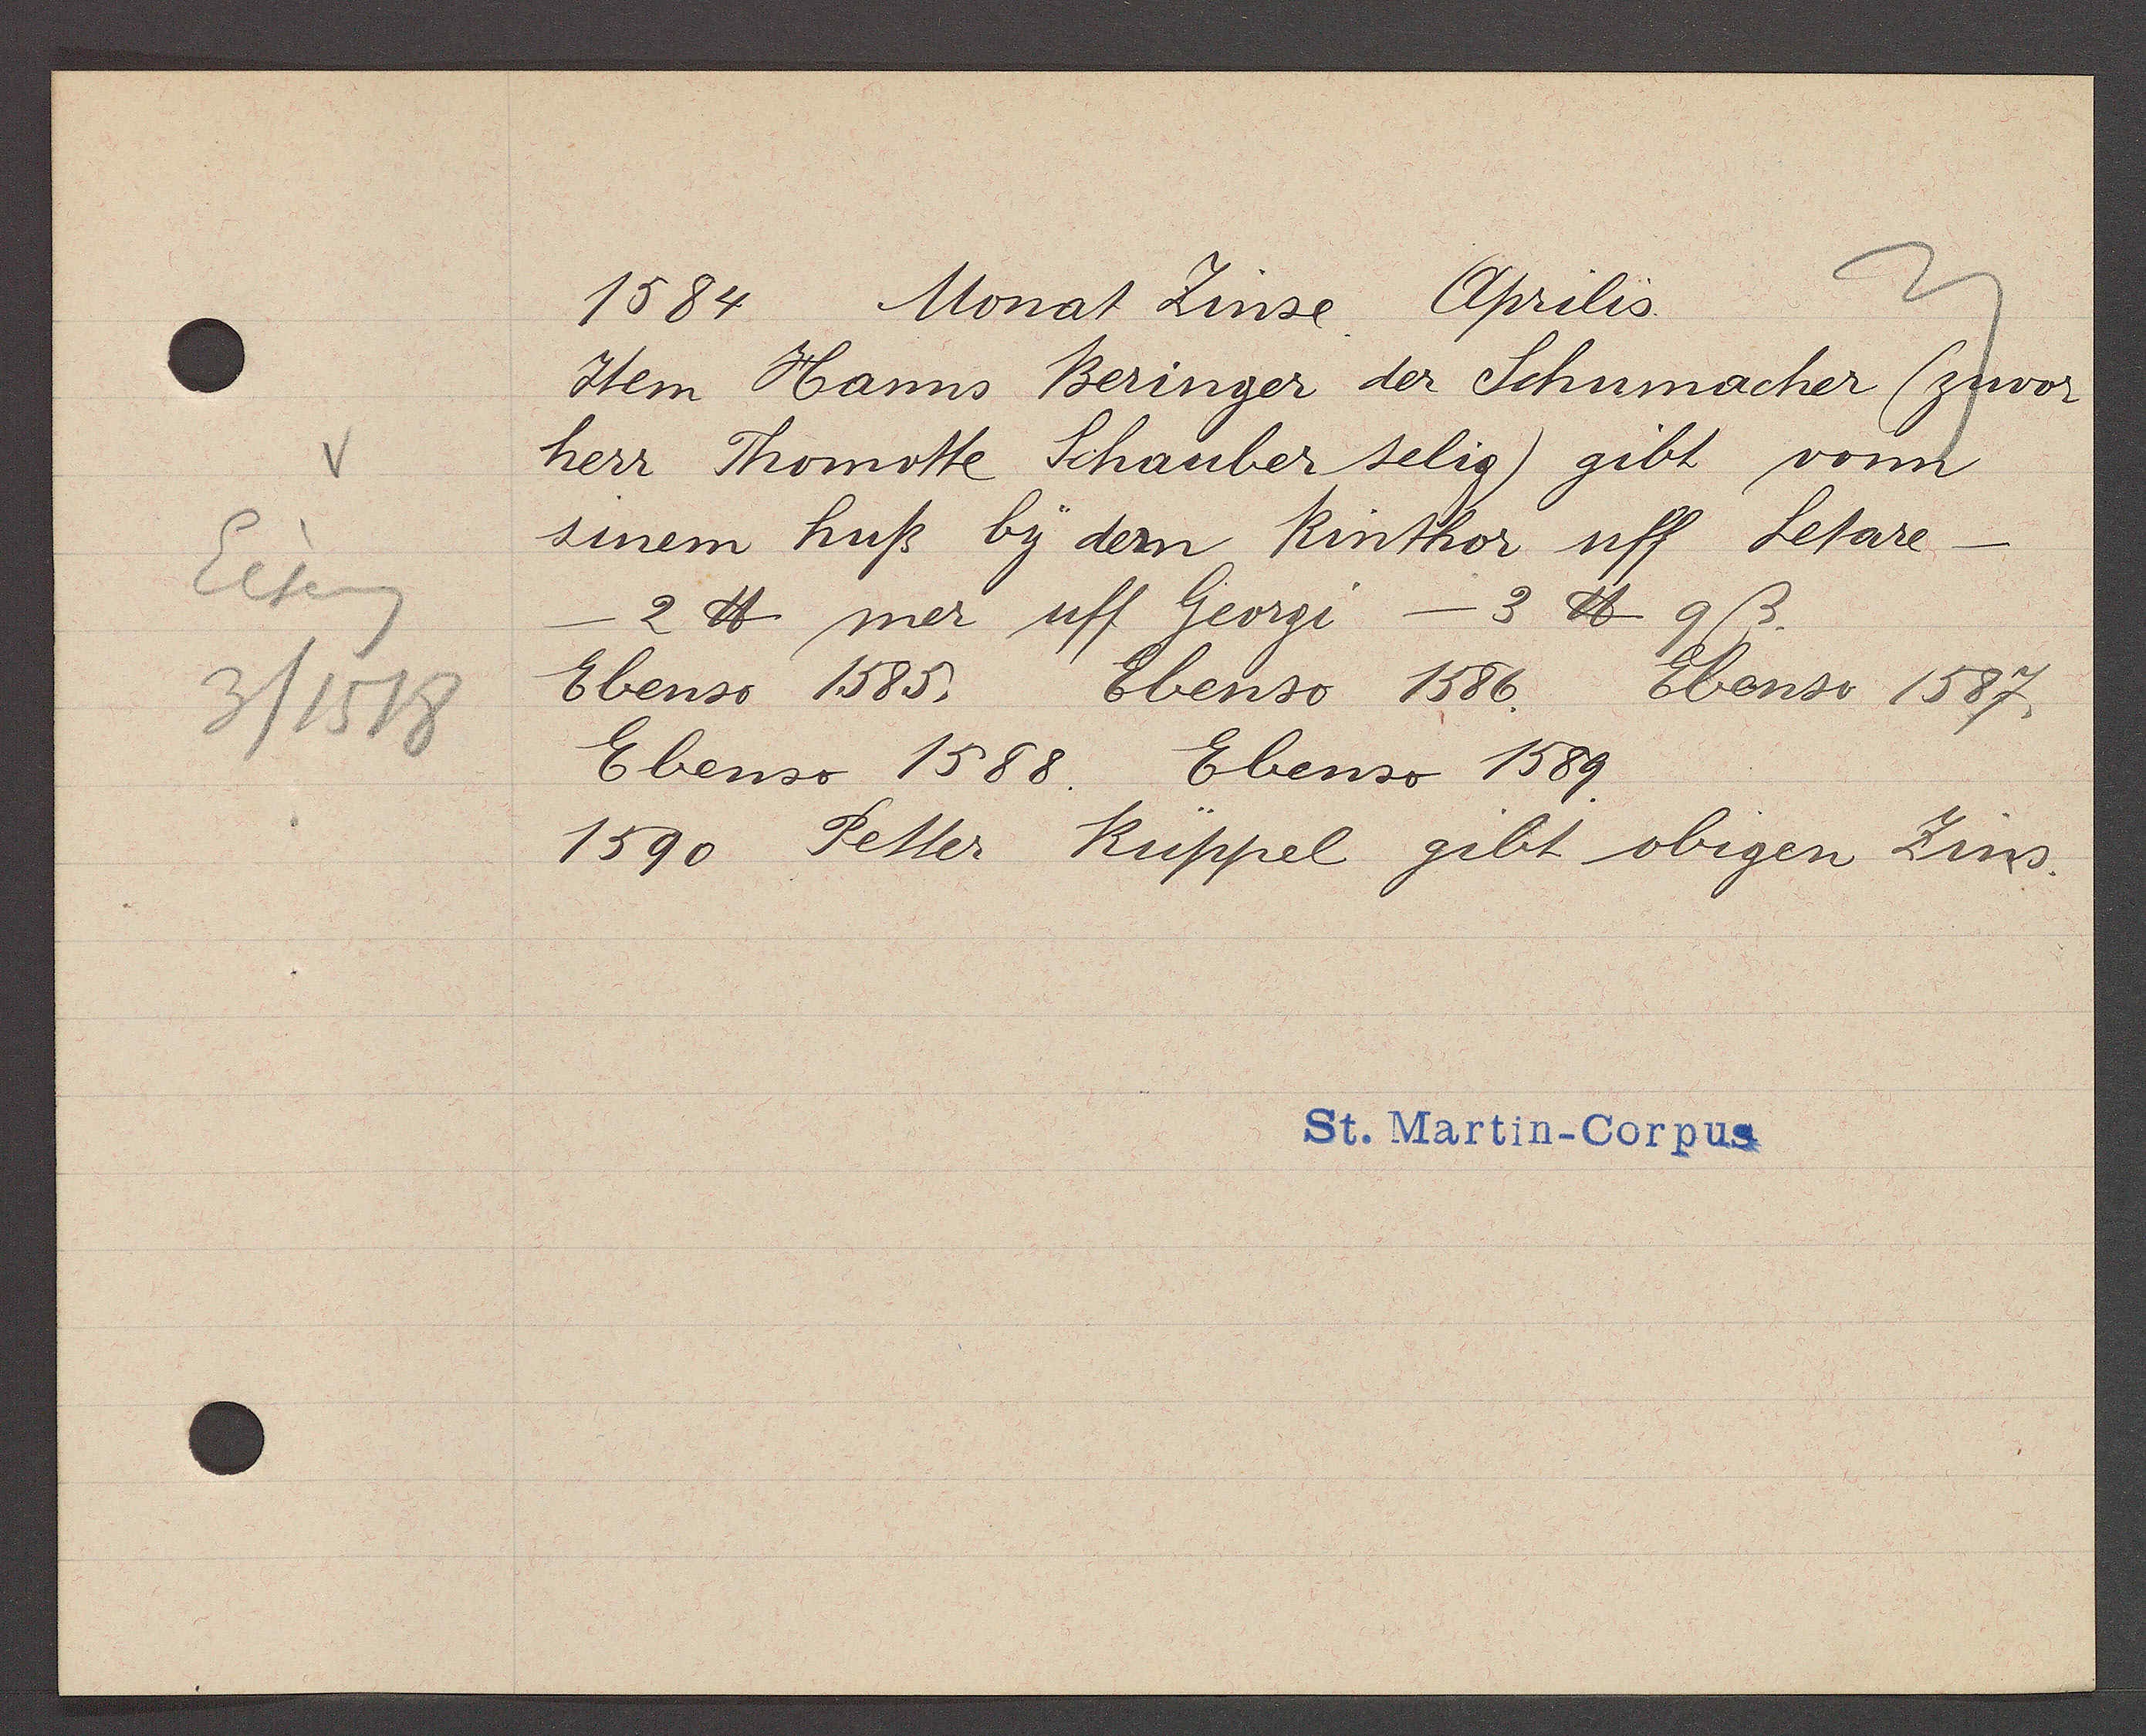
Transcript:
Eiseng
3/1518

1584 Monat Zinse Aprilis
Item Hanns Beringer der Schumacher (zuvor
herr Thomotte Schauber selig) gibt vonn
sinem huß by dem Rinthor uff Letare —
— 2℔ mer uff Georgi — 3 ℔ 9 ß
Ebenso 1585. Ebenso 1586. Ebenso 1587.
Ebenso 1588. Ebenso 1589.
1590 Petter Rüppel gibt obigen Zins